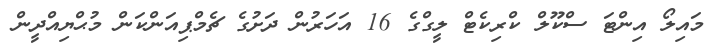
މައިލޯ އިންޓަ ސްކޫލް ކްރިކެޓް ލީގްގެ 16 އަހަރުން ދަށުގެ ޗެމްޕިއަންކަން މުޙްޔިއްދީން